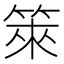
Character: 箂